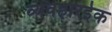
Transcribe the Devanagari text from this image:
व्यवहारईक